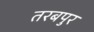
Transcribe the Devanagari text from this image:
तरबपुर